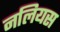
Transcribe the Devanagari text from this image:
नलियस